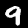
Digit: 9